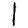
Digit: 1